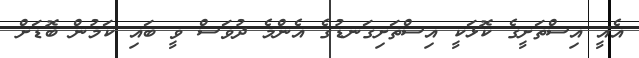
އެއީ އިސްތަށީގެ ކޮޅަކީ އިސްތަށިގަނޑުގެ އެންމެ ދުވަސް ވީ ބައި ކަމުން ބޮޑަށް